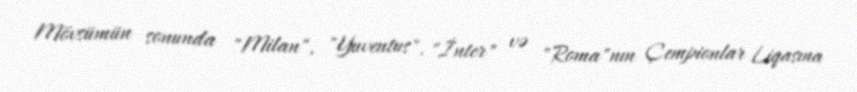
Mövsümün sonunda "Milan", "Yuventus", "İnter" və "Roma"nın Çempionlar Liqasına